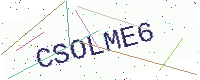
Text: CSOLME6